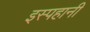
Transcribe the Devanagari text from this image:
इस्पहानी